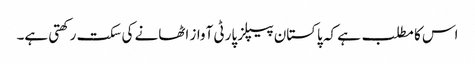
اس کا مطلب ہے کہ پاکستان پیپلز پارٹی آواز اٹھانے کی سکت رکھتی ہے۔